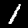
Label: 1